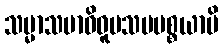
သမ္မာသမာဓိဝူပသမပစ္စယာပိ